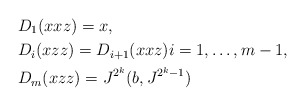
\begin{align*} & D_1(xxz) = x, \\ & D_i(xzz) = D_{i+1}(xxz) i= 1,\dots,m-1, \\ & D_m(xzz) = J^{2^{k}}(b,J^{2^{k}-1})\end{align*}